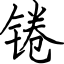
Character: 锩